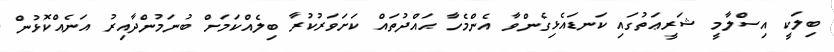
ބިލަކީ އިސްލާމީ ޝަރީޢަތުގައި ކަނޑައެޅިގެންވާ އެންމެހާ ޙައްދުތައް ކަށަވަރުކުރާ ބިލެއްކަމަށް ބުނަމުންދާއިރު އަނެއްކޮޅުން